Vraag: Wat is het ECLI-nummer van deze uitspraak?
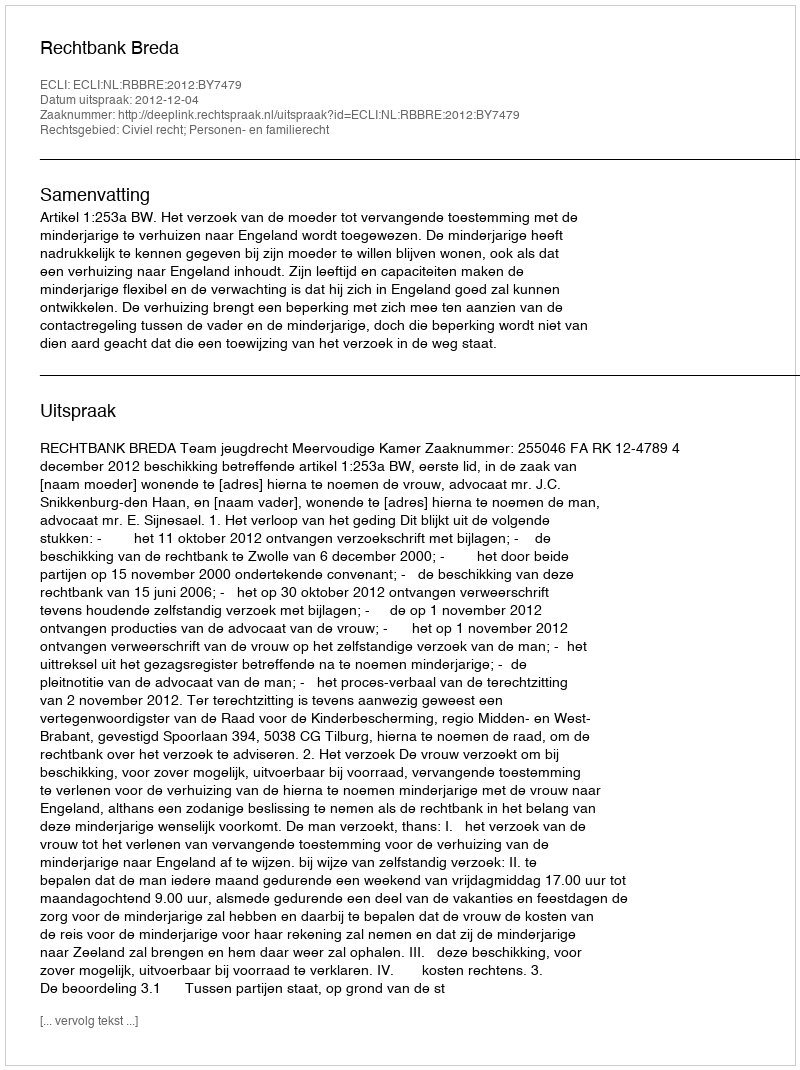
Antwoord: ECLI:NL:RBBRE:2012:BY7479